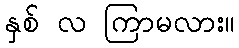
နှစ် လ ကြာမလား။